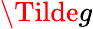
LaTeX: \Tilde{g}